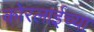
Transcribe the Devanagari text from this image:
कोरलाईच्या